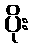
ပိုး